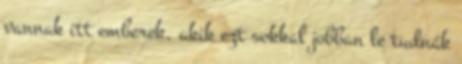
vannak itt emberek, akik ezt sokkal jobban le tudnák